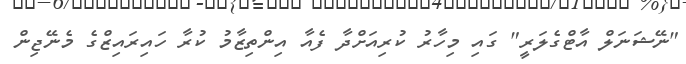
"ނޭޝަނަލް އާޓްގެލަރީ" ގައި މިހާރު ކުރިއަށްދާ ފެއާ އިންތިޒާމު ކުރާ ހައިރައިޒްގެ މެނޭޖިން